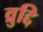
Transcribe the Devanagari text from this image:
व्रुद्दि